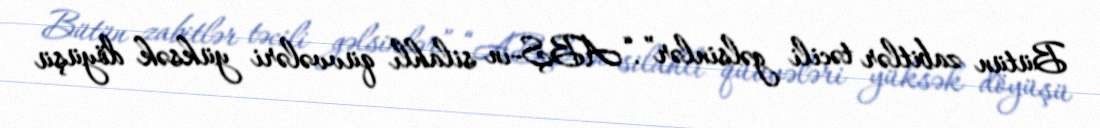
Bütün zabitlər təcili gəlsinlər”.“ABŞ-ın silahlı qüvvələri yüksək döyüşü